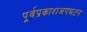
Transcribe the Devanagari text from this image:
पूर्वप्रकाशअपघटन